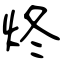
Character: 炵